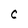
Character: C